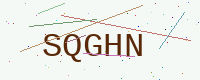
Text: SQGHN